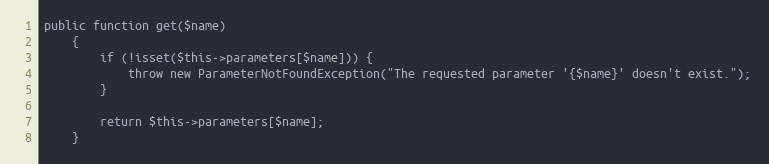
Language: PHP
public function get($name)
    {
        if (!isset($this->parameters[$name])) {
            throw new ParameterNotFoundException("The requested parameter '{$name}' doesn't exist.");
        }

        return $this->parameters[$name];
    }